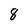
Character: 8